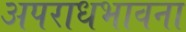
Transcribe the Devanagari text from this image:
अपराधभावना